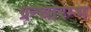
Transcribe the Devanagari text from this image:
ग्रन्थारम्भ